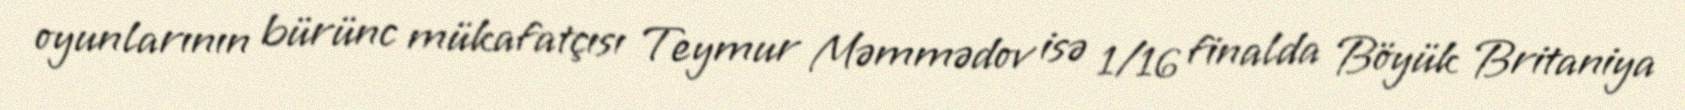
oyunlarının bürünc mükafatçısı Teymur Məmmədov isə 1/16 finalda Böyük Britaniya